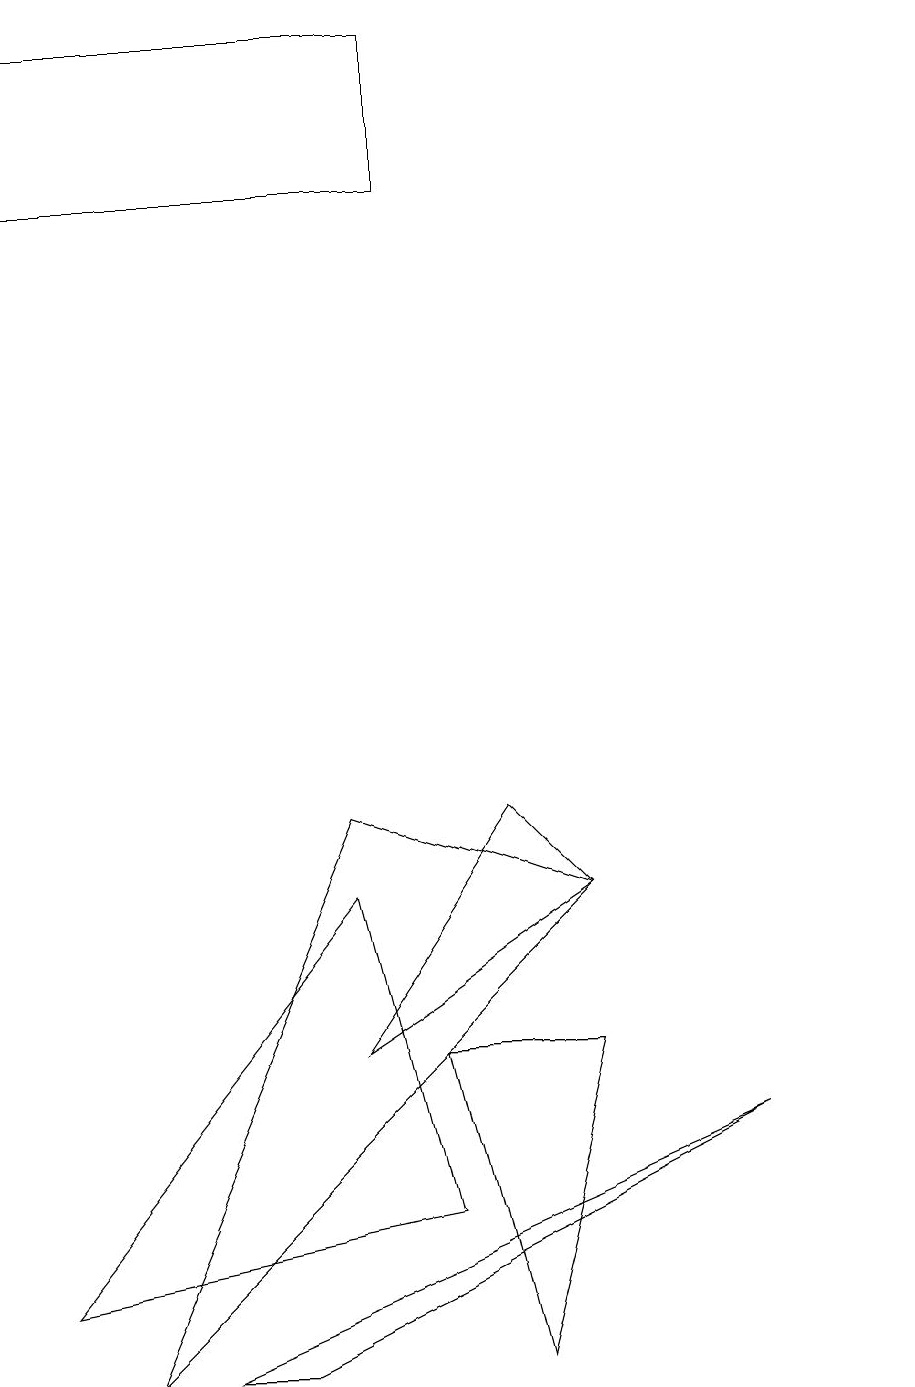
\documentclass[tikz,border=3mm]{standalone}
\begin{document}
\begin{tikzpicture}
\draw (1,1) -- (4,8) -- (7,7) -- cycle;
\draw (5,18) rectangle (0,16);
\draw (9,4) -- (3,1) -- (2,1) -- cycle;
\draw (11,10) circle (0);
\draw (0,2) -- (5,3) -- (4,7) -- cycle;
\draw (6,1) -- (7,5) -- (5,5) -- cycle;
\draw (4,5) -- (6,8) -- (7,7) -- cycle;
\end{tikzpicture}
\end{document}